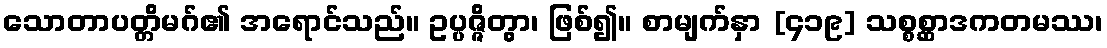
သောတာပတ္တိမဂ်၏ အရောင်သည်။ ဥပ္ပဇ္ဇိတွာ၊ ဖြစ်၍။ စာမျက်နှာ [၄၁၉] သစ္စစ္ဆာဒကတမဿ၊